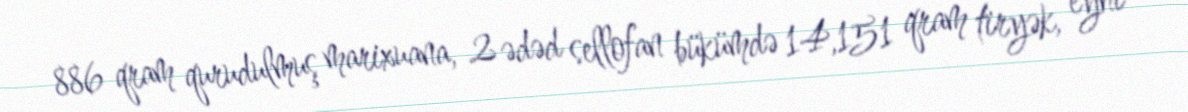
886 qram qurudulmuş marixuana, 2 ədəd sellofan bükümdə 14,151 qram tiryək, eyni